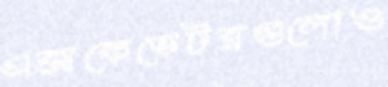
এক্সকেভেটরগুলোও